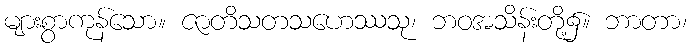
များစွာကုန်သော။ ဇာတိသတသဟေဿသု၊ ဘဝအသိန်းတို့၌။ ဘာတာ၊